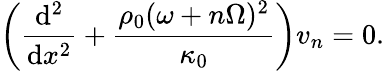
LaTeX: \left(\frac{\mathrm{d}^{2}}{\mathrm{d}x^{2}}+\frac{\rho_{0}(\omega+n\Omega)^{2}}{\kappa_{0}}\right)v_{n}=0.